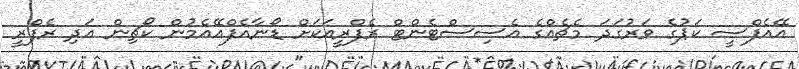
އޭއެފްސީ ކަޕުގެ ވަރުގަދަ މެޗެއްގެ އެސިސްޓެންޓް ރެފްރީއަކަށް ޑޯނާއެފްއޭއެމުން ކޯޗިން އަދި ރެފްރީ